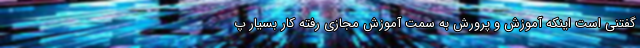
گفتنی است اینکه آموزش و پرورش به سمت آموزش مجازی رفته کار بسیار پ